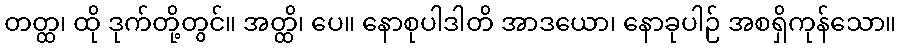
တတ္ထ၊ ထို ဒုက်တို့တွင်။ အတ္ထိ၊ ပေ။ နောစုပါဒါတိ အာဒယော၊ နောခုပါဉ် အစရှိကုန်သော။